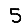
Digit: 5